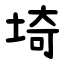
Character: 埼